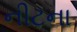
નીટના